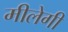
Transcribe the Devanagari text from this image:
मीलेगी